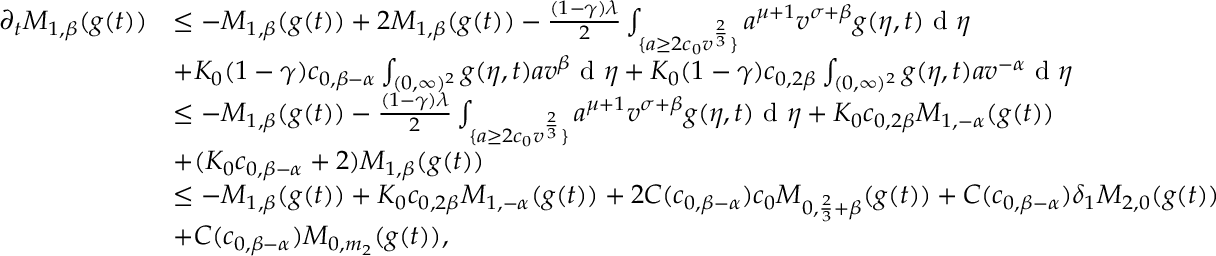
\begin{array} { r l } { \partial _ { t } M _ { 1 , \beta } ( g ( t ) ) } & { \leq - M _ { 1 , \beta } ( g ( t ) ) + 2 M _ { 1 , \beta } ( g ( t ) ) - \frac { ( 1 - \gamma ) \lambda } { 2 } \int _ { \{ a \geq 2 c _ { 0 } v ^ { \frac { 2 } { 3 } } \} } a ^ { \mu + 1 } v ^ { \sigma + \beta } g ( \eta , t ) \textup { d } \eta } \\ & { + K _ { 0 } ( 1 - \gamma ) c _ { 0 , \beta - \alpha } \int _ { ( 0 , \infty ) ^ { 2 } } g ( \eta , t ) a v ^ { \beta } \textup { d } \eta + K _ { 0 } ( 1 - \gamma ) c _ { 0 , 2 \beta } \int _ { ( 0 , \infty ) ^ { 2 } } g ( \eta , t ) a v ^ { - \alpha } \textup { d } \eta } \\ & { \leq - M _ { 1 , \beta } ( g ( t ) ) - \frac { ( 1 - \gamma ) \lambda } { 2 } \int _ { \{ a \geq 2 c _ { 0 } v ^ { \frac { 2 } { 3 } } \} } a ^ { \mu + 1 } v ^ { \sigma + \beta } g ( \eta , t ) \textup { d } \eta + K _ { 0 } c _ { 0 , 2 \beta } M _ { 1 , - \alpha } ( g ( t ) ) } \\ & { + ( K _ { 0 } c _ { 0 , \beta - \alpha } + 2 ) M _ { 1 , \beta } ( g ( t ) ) } \\ & { \leq - M _ { 1 , \beta } ( g ( t ) ) + K _ { 0 } c _ { 0 , 2 \beta } M _ { 1 , - \alpha } ( g ( t ) ) + 2 C ( c _ { 0 , \beta - \alpha } ) c _ { 0 } M _ { 0 , \frac { 2 } { 3 } + \beta } ( g ( t ) ) + C ( c _ { 0 , \beta - \alpha } ) \delta _ { 1 } M _ { 2 , 0 } ( g ( t ) ) } \\ & { + C ( c _ { 0 , \beta - \alpha } ) M _ { 0 , m _ { 2 } } ( g ( t ) ) , } \end{array}